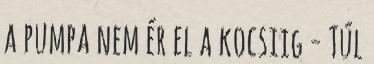
a pumpa nem ér el a kocsiig - Túl